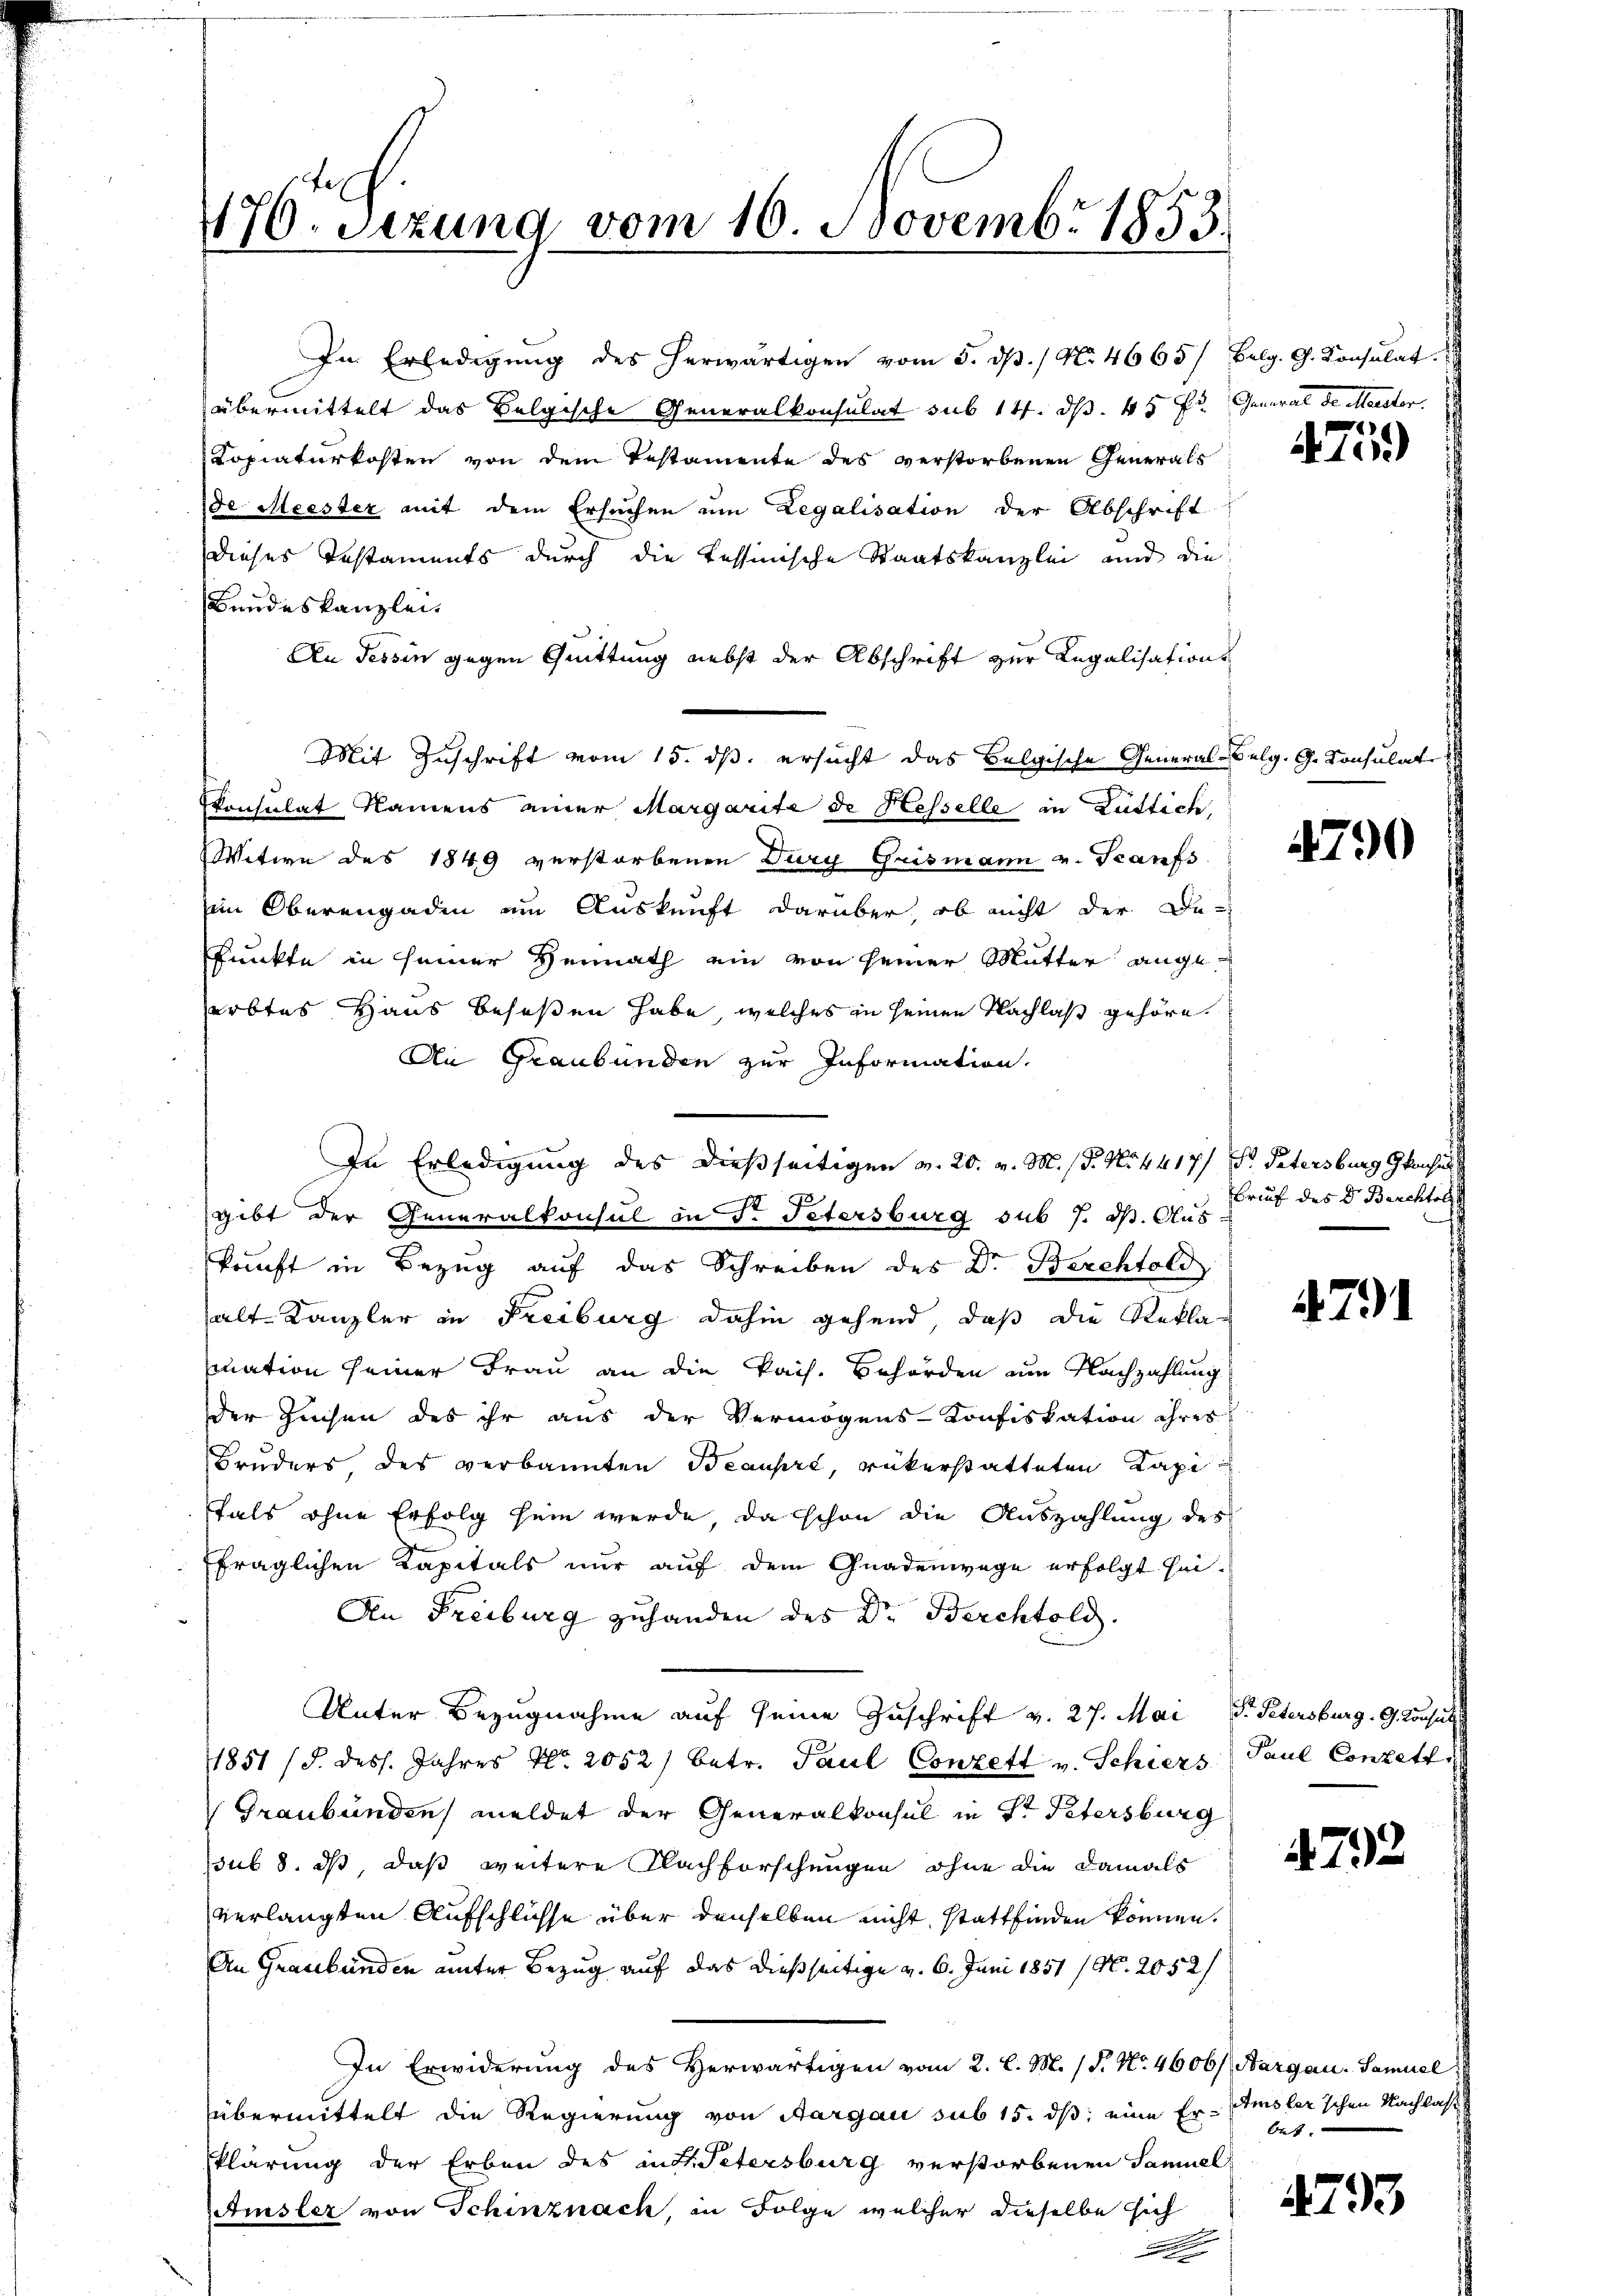
9
10. Sitzung vom 10. Novembr 1855

In Erledigŭng des herwärtigen vom 5. dβ. / N. 4665/ Belg. G. Konsulat
übermittelt das Belgische Generalkonsulat sub 14. dß. 45 fr. General de Meister.
Kopiaturkosten von dem Testamente des verstorbenen Generals
de Meister mit dem Ersuchen um Legalisation der Abschrift
Dieses Testaments durch die Tessinische Staatskanzlei und die
Bundeskanzlei
An Tessin gegen Quittung nebst der Abschrift zur Legalisations
Mit Zuschrift vom 15. ds. ersucht das Belgische General-Selg. G. Konsulat
Consulat Namens einer Margarite de Hesselle in Luttich,
Witwe des 1849 verstorbenen Dury Grismann v. Scanfs
im Oberengadin ein Auskunft darüber, ob nicht der Be-
Punkte in seiner Heimath ein von seiner Mutter angeerbtes Haus beseßen habe, welches in seinen Nachlaß gehöre.
An Graubünden zur Information.
In Erledigung des dießseitigen v. 20. v. M. (T. N. 4417/ P. Patersburg Gleichen
gibt der Generalkonsul in P. Petersburg sub 7. ds. Aus-
kunft in Bezug auf das Schreiben des Dr. Berchtold
alt Kanzler in Freiburg dahin gehend, daß die Rekla
suation seiner Frau an die Pais. Behörden um Nachzahlung
der Zeisen des ihr aus der Vermögens-Konfiskation ihrer
Bruders des verbannten Beaupré, rükerstatteten Kapi
tals ohne Erfolg sein werde, da schon die Auszahlung des
fraglichen Kapitals nur auf dem Gnadenwege erfolgt sei.
An Freiburg zuhanden des Dr. Berchtold.
Unter Bezugnahme auf seine Zuschrift v. 27. Mai d. Petersburg. G. Konsul
1851 /d. dess. Jahres No. 2052) betr. Paul Conzett v. Schiers
 Graubünden meldet der Generalkonsul in Dr. Petersburg
sub 8. ds, daß weitere Nachforschungen ohne die damals
verlangten Aufschlüsse über denselben nicht stattfinden können.
An Graubünden unter Bezug auf das dießseitige v. 6. Juni 1851 / N. 2052/
In Erwiderung des Herwärtigen vom 2. l. M. (T. No. 4606/ Aargau. Samuel
übermittelt die Regierung von Aargau sub 15. dß; eine Er-Amsler’schen Nachlasse
klärung der Erben des in d. Petersburg verstorbenen Samuel
Amsler von Schinznach, in Folge welcher dieselbe sich
.

475)

790

rauf des Dr. Berchtol

4791

Paul Conzett

4792

bet.

4793